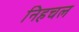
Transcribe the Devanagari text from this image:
निहचल